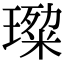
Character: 𭹷